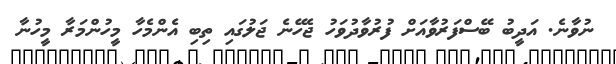
ނުވާނެ. އަދީބު ބޭސްފަރުވާއަށް ފުރުވާދުވަހު ޖެހޭނެ ޖަލުގައި ތިބި އެންމެހާ މީހުންމަރާ މީހުނާ